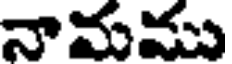
నామము